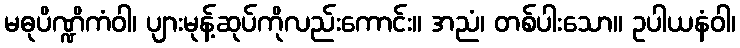
မဓုပိဏ္ဍိကံဝါ၊ ပျားမုန့်ဆုပ်ကိုလည်းကောင်း။ အညံ၊ တစ်ပါးသော။ ဥပါယနံဝါ၊